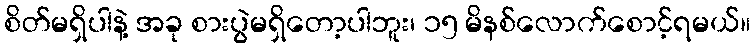
စိတ်မရှိပါနဲ့ အခု စားပွဲမရှိတော့ပါဘူး၊ ၁၅ မိနစ်လောက်စောင့်ရမယ်။